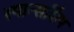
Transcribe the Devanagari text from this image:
स्पान्सर्शिप